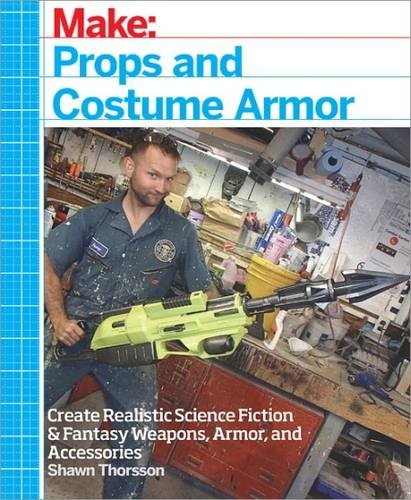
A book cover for Make: Props and Costume Armor: Create Realistic Science Fiction & Fantasy Weapons, Armor, and Accessories; Shawn Thorsson; Crafts, Hobbies & Home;